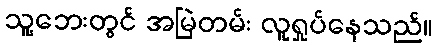
သူ့ဘေးတွင် အမြဲတမ်း လူရှုပ်နေသည်။